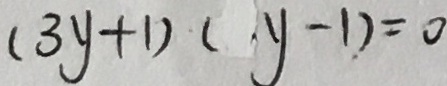
( 3 y + 1 ) ( y - 1 ) = 0